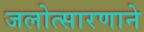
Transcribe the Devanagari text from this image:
जलोत्सारणाने